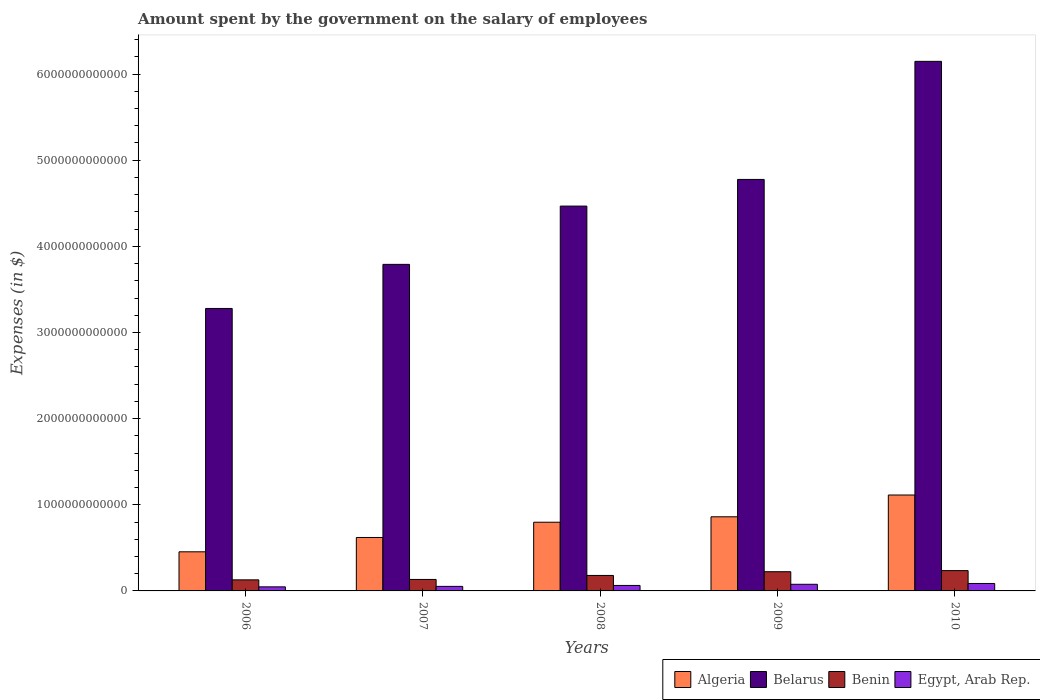
| Years | Algeria | Belarus | Benin | Egypt, Arab Rep. |
 | --- | --- | --- | --- | --- |
 | 2006 | 4.54e+11 | 3.28e+12 | 1.28e+11 | 4.73e+10 |
 | 2007 | 6.2e+11 | 3.79e+12 | 1.33e+11 | 5.27e+10 |
 | 2008 | 7.97e+11 | 4.47e+12 | 1.8e+11 | 6.35e+10 |
 | 2009 | 8.61e+11 | 4.78e+12 | 2.23e+11 | 7.7e+10 |
 | 2010 | 1.11e+12 | 6.15e+12 | 2.36e+11 | 8.64e+10 |